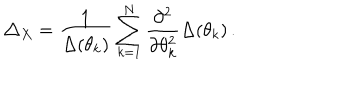
\triangle _ { X } = \frac { 1 } { \Delta ( \theta _ { k } ) } \sum _ { k = 1 } ^ { N } \frac { \partial ^ { 2 } } { \partial \theta _ { k } ^ { 2 } } \Delta ( \theta _ { k } ) \, .